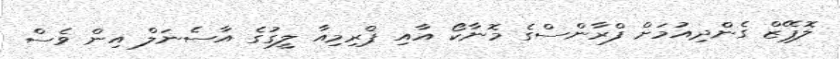
ލޮޕޭޒް ގެންދިއުމަށް ފްރާންސްގެ މޮނާކޯ އާއި ޕްރިމިއާ ލީގުގެ އާސެނަލް އިން ވެސް